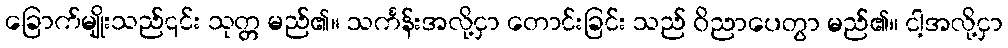
ခြောက်မျိုးသည်၎င်း သုတ္တ မည်၏။ သင်္ကန်းအလို့ငှာ တောင်းခြင်း သည် ဝိညာပေတွာ မည်၏။ ငါ့အလို့ငှာ